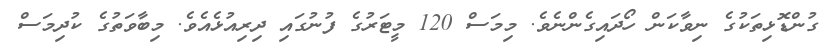
ގުންޑޮޅިތަކުގެ ނިވާކަން ހޯދައިގެންނެވެ. މިމަސް 120 މީޓަރުގެ ފުނުގައި ދިރިއުޅެއެވެ. މިބާވަތުގެ ކުދިމަސް